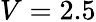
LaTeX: V=2.5